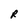
Character: R